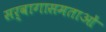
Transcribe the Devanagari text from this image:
सर्वागासमताओं